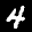
Label: 4